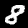
Digit: 8